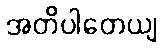
အတိပါတေယျ